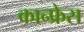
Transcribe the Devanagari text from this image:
कान्फ्रेस